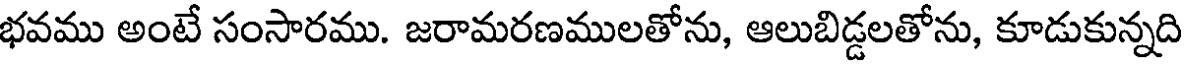
భవము అంటే సంసారము. జరామరణములతోను, ఆలుబిడ్డలతోను, కూడుకున్నది